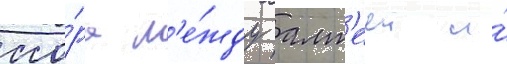
ссо́ра м'е́жду алт'ееи и́